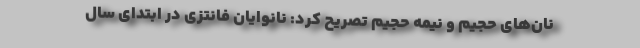
نان‌های حجیم و نیمه حجیم تصریح کرد: نانوایان فانتزی در ابتدای سال